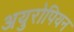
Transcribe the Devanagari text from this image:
अयुरोपियन